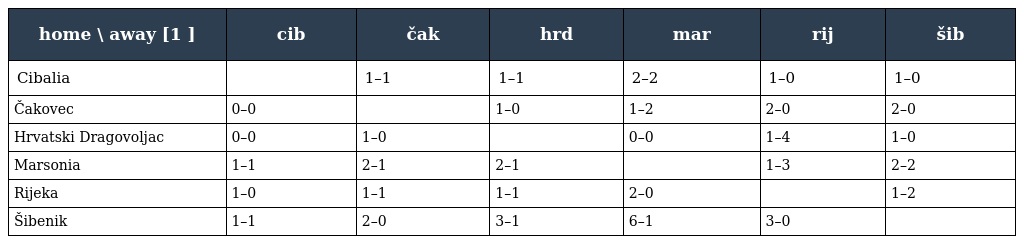
| home \ away [1 ] | cib | čak | hrd | mar | rij | šib |
 | --- | --- | --- | --- | --- | --- | --- |
 | Cibalia |  | 1–1 | 1–1 | 2–2 | 1–0 | 1–0 |
 | Čakovec | 0–0 |  | 1–0 | 1–2 | 2–0 | 2–0 |
 | Hrvatski Dragovoljac | 0–0 | 1–0 |  | 0–0 | 1–4 | 1–0 |
 | Marsonia | 1–1 | 2–1 | 2–1 |  | 1–3 | 2–2 |
 | Rijeka | 1–0 | 1–1 | 1–1 | 2–0 |  | 1–2 |
 | Šibenik | 1–1 | 2–0 | 3–1 | 6–1 | 3–0 |  |